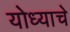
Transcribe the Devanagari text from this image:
योध्याचे